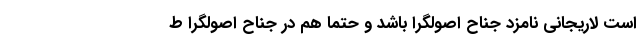
است لاریجانی نامزد جناح اصولگرا باشد و حتماً هم در جناح اصولگرا ط